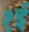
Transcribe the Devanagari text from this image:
१ई